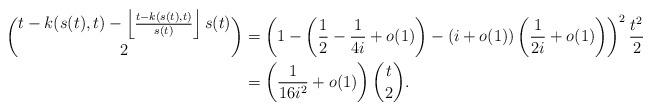
LaTeX: \begin{align*} \binom{t-k(s(t),t)-\left\lfloor\frac{t-k(s(t),t)}{s(t)}\right\rfloor s(t)}{2}&=\left(1-\left(\frac{1}{2}-\frac{1}{4i}+o(1)\right)-(i+o(1)) \left(\frac{1}{2i}+o(1)\right)\right)^2\frac{t^2}{2}\\ &=\left(\frac{1}{16i^2}+o(1)\right)\binom{t}{2}. \end{align*}